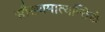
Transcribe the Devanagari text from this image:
सौख्यमात्यन्तिकं